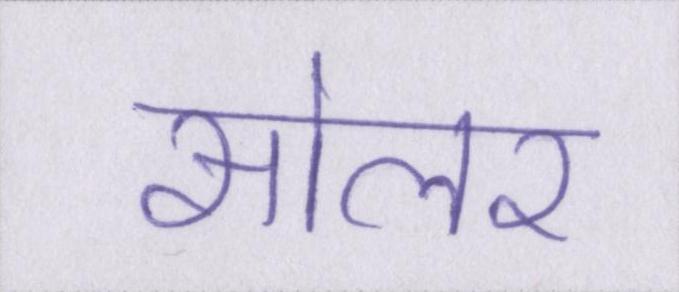
सोलर